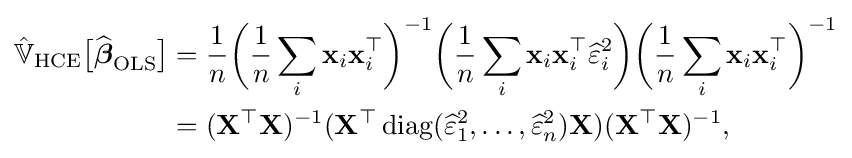
{\begin{aligned}{\hat {\mathbb {V} }}_{\text{HCE}}{\big [}{\widehat {\boldsymbol {\beta }}}_{\text{OLS}}{\big ]}&={\frac {1}{n}}{\bigg (}{\frac {1}{n}}\sum _{i}\mathbf {x} _{i}\mathbf {x} _{i}^{\top }{\bigg )}^{-1}{\bigg (}{\frac {1}{n}}\sum _{i}\mathbf {x} _{i}\mathbf {x} _{i}^{\top }{\widehat {\varepsilon }}_{i}^{2}{\bigg )}{\bigg (}{\frac {1}{n}}\sum _{i}\mathbf {x} _{i}\mathbf {x} _{i}^{\top }{\bigg )}^{-1}\\&=(\mathbf {X} ^{\top }\mathbf {X} )^{-1}(\mathbf {X} ^{\top }\operatorname {diag} ({\widehat {\varepsilon }}_{1}^{2},\ldots ,{\widehat {\varepsilon }}_{n}^{2})\mathbf {X} )(\mathbf {X} ^{\top }\mathbf {X} )^{-1},\end{aligned}}